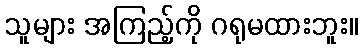
သူများ အကြည့်ကို ဂရုမထားဘူး။